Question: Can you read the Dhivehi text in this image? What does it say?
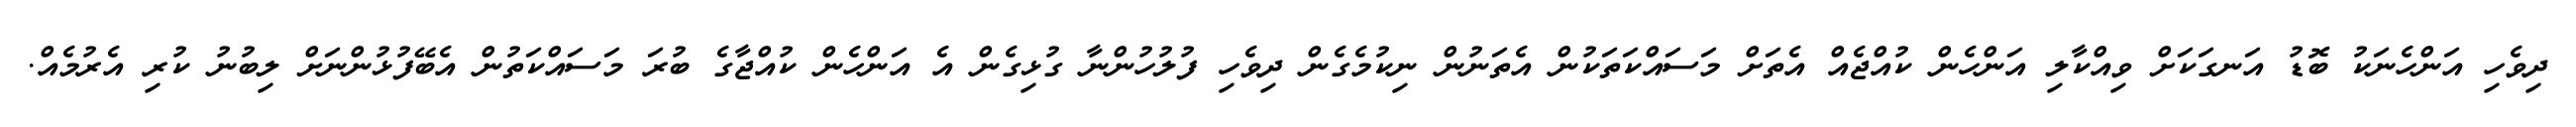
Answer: ދިވެހި އަންހެނަކު ބޮޑު އަނގަކަށް ވިއްކާލި އަންހެން ކުއްޖެއް އެތަށް މަސައްކަތަކުން އެތަނުން ނިކުމެގެން ދިވެހި ފުލުހުންނާ ގުޅިގެން އެ އަންހެން ކުއްޖާގެ ބުރަ މަސައްކަތުން އެބޭފުޅުންނަށް ލިބުނު ކުރި އެރުމެއް.